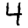
Digit: 4